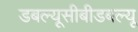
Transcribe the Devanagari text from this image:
डबल्यूसीबीडबल्यू